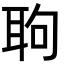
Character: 𦕙